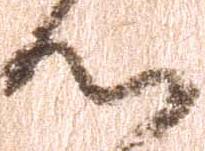
心